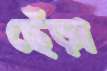
ছেঁড়া